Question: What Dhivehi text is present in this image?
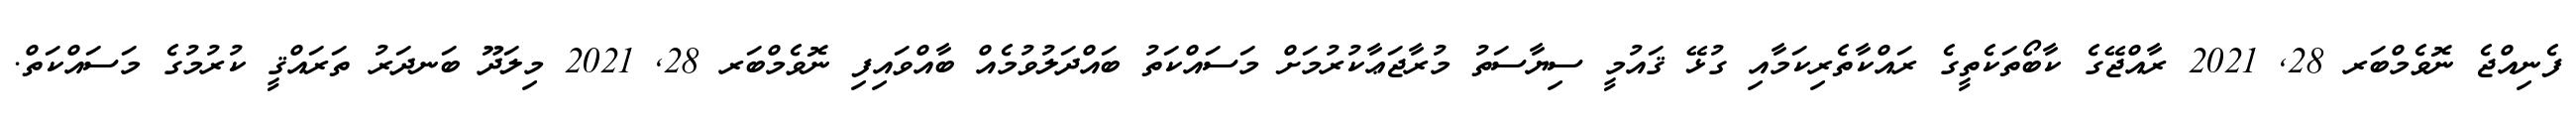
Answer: ފެނިއްޖެ ނޮވެމްބަރ 28, 2021 ރާއްޖޭގެ ކާބޯތަކެތީގެ ރައްކާތެރިކަމާއި ގުޅޭ ޤައުމީ ސިޔާސަތު މުރާޖަޢާކުރުމަށް މަސައްކަތު ބައްދަލުވުމެއް ބާއްވައިފި ނޮވެމްބަރ 28, 2021 މިލަދޫ ބަނދަރު ތަރައްޤީ ކުރުމުގެ މަސައްކަތް.